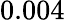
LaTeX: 0.004